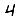
Digit: 4